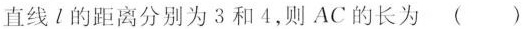
直线l的距离分别为3和4，则AC的长为 ( )